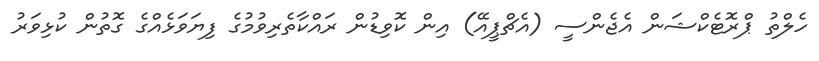
ހެލްތު ޕްރޮޓެކްޝަން އެޖެންސީ (އެޗްޕީއޭ) އިން ކޮވިޑުން ރައްކާތެރިވުމުގެ ފިޔަވަޅެއްގެ ގޮތުން ކުޅިވަރު